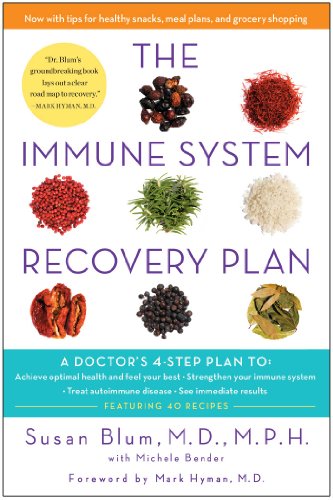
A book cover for The Immune System Recovery Plan: A Doctor's 4-Step Program to Treat Autoimmune Disease; Susan Blum; Medical Books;